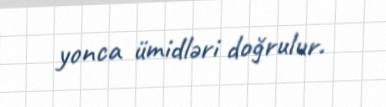
yonca ümidləri doğrulur.